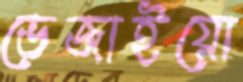
ভেজাইয়ো